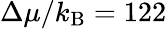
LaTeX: \Delta\mu/k_{\mathrm{B}}=122